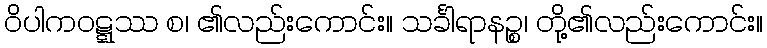
ဝိပါကဝဋ္ဋဿ စ၊ ၏လည်းကောင်း။ သင်္ခါရာနဉ္စ၊ တို့၏လည်းကောင်း။